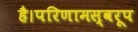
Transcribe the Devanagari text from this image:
है।परिणामस्वरूप